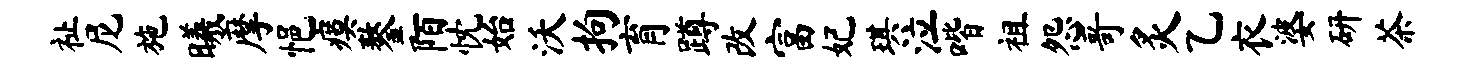
祉尼施曦摩悒瘼鏊陌忱始沃拘育蹲改富妃琪泣喈祖怨哥炙乙衣婆研茶